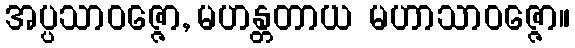
အပ္ပသာဝဇ္ဇော, မဟန္တတာယ မဟာသာဝဇ္ဇော။